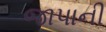
જાપાની